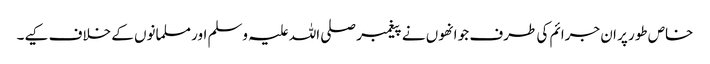
خاص طور پر ان جرائم کی طرف جو انھوں نے پیغمبر صلی اللہ علیہ وسلم اور مسلمانوں کے خلاف کیے۔